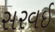
સરવઈ